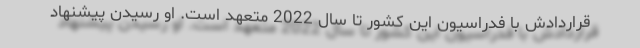
قراردادش با فدراسیون این کشور تا سال 2022 متعهد است. او رسیدن پیشنهاد